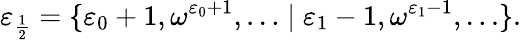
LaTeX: \varepsilon_{\frac{1}{2}}=\{ \varepsilon_{0}+1,\omega^{\varepsilon_{0}+1},\ldots\mid\varepsilon_{1}-1,\omega^{\varepsilon_{1}-1},\ldots\} .